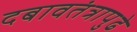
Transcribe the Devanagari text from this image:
दबावतंत्रापुढे